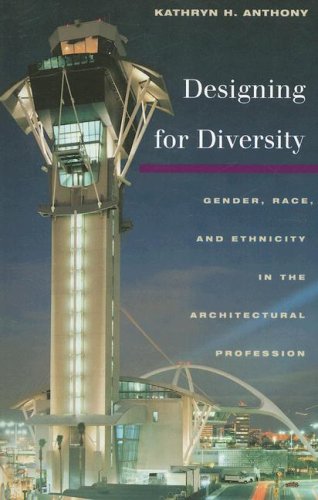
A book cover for Designing for Diversity: Gender, Race,a nd Ethnicity in the Architectural Profession; Kathryn H. Anthony; Business & Money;